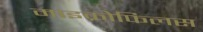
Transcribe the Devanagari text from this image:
माइक्रोफिलस